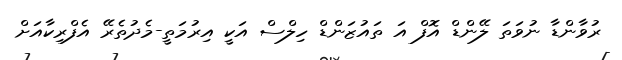
ރުވާންޑާ ނުވަތަ ލޭންޑް އޮފް އަ ތައުޒަންޑް ހިލްސް އަކީ އިރުމަތީ-މެދުތެރޭ އެފްރިކާއަށް